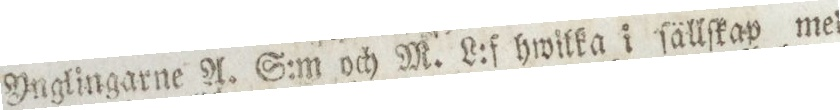
Ynglingarne A. S:m och M. L:f hwilka i ſällſkap med